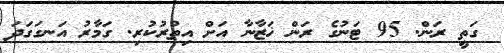
ގަތީ ރަން. 95 ޓަނުގެ ރަން ޚަޒާނާ އަށް އިތުރުކުރި. ގަމާރު އަނގަގަދަ